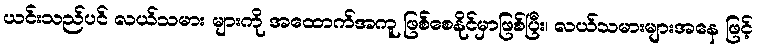
ယင်းသည်ပင် လယ်သမား များကို အထောက်အကူ ဖြစ်စေနိုင်မှာဖြစ်ပြီး၊ လယ်သမားများအနေ ဖြင့်